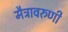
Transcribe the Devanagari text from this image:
मैत्रावरुणी